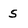
Character: S